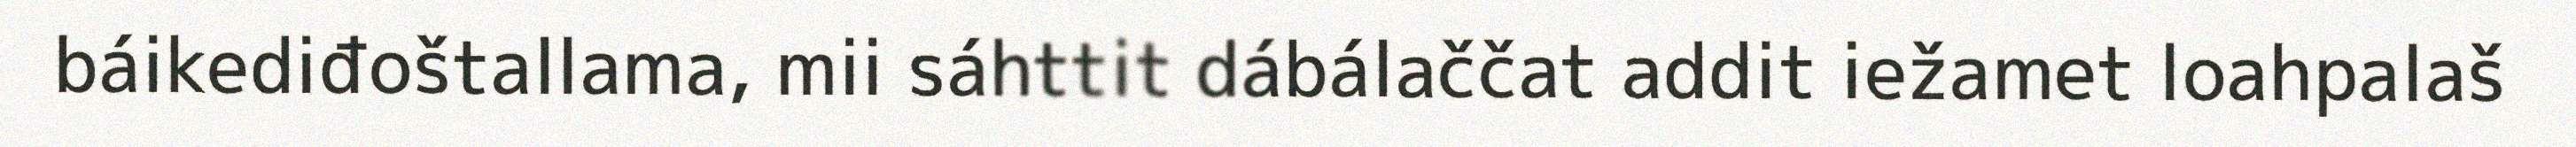
báikediđoštallama, mii sáhttit dábálaččat addit iežamet loahpalaš